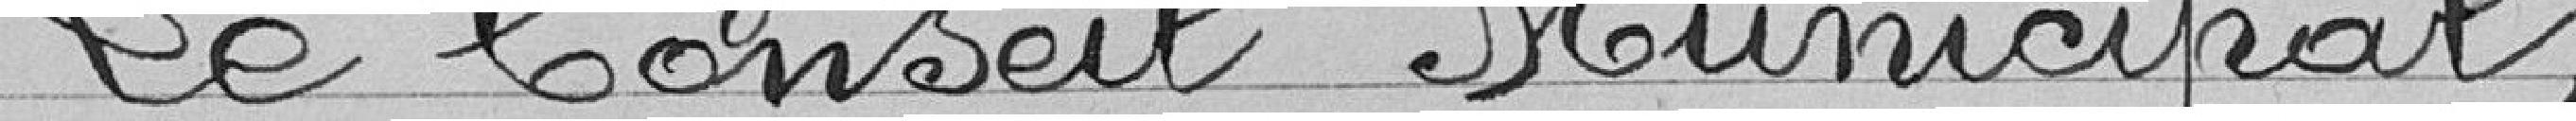
Le Conseil Municipal